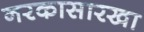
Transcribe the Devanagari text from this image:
नरकासारखा